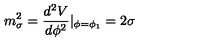
m _ { \sigma } ^ { 2 } = \frac { d ^ { 2 } V } { d \phi ^ { 2 } } | _ { \phi = \phi _ { 1 } } = 2 \sigma